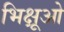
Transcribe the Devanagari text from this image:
भिक्षूओ